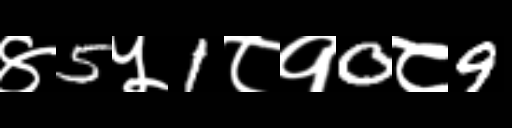
Text: ४5५1८१0८9